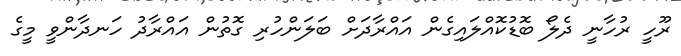
ރޫހީ ރުހާނީ ދެލޯ ބޮޑުކޮއްލައިގެން އައްރާދަށް ބަލަންހުރި ގޮތުން އައްރާދު ހަނދާންވީ މީގެ